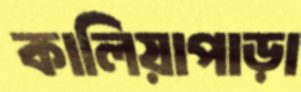
কালিয়াপাড়া